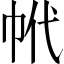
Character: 𢂌